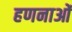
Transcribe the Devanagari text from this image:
हणनाओं